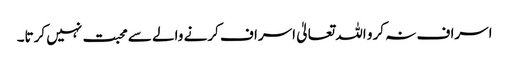
اسراف نہ کرو اللہ تعالیٰ اسراف کرنے والے سے محبت نہیں کرتا۔